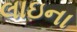
લાઇના